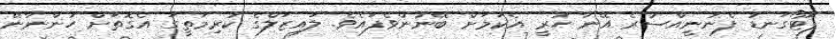
ފޮޓޯގަނޑު ފެނުނީއްސުރެ އޭނާ ހުރީ އެކަމަށް ބޭނުންވެފައެވެ. ލައިޒަލްގެ ކުރިމަތީގަ އެގޮތަށް ހުންނާނޭ